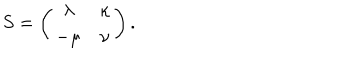
S = \left( \begin{matrix} { { \lambda } } & { { \kappa } } \\ { { - \mu } } & { { \nu } } \\ \end{matrix} \right) .